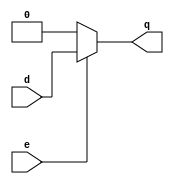
module dlatch(input d, input e,output reg q);
always@(*)
if(!e) begin
q=0;
end
else
begin
q<=d;
end
endmodule